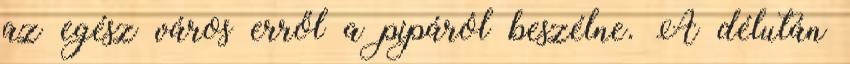
az egész város erről a pipáról beszélne. A délután